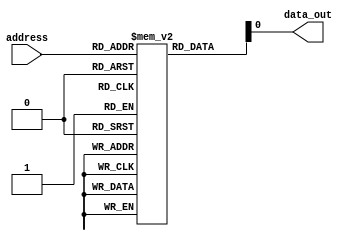
module fuse_rom (
    input wire [7:0] address,
    output reg data_out
);

reg [7:0] memory [0:255]; // 256 memory cells, each containing 8 bits

initial begin
    // Initialize memory with desired values by selectively blowing fuses
    memory[0] = 8'b00000001;
    memory[1] = 8'b00000010;
    // Add more initialization values as needed
end

always @* begin
    // Read data from memory based on address
    data_out = memory[address];
end

endmodule